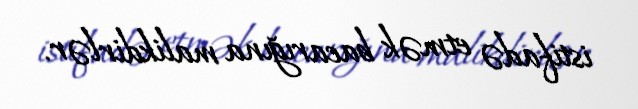
istifadə etmək bacarığına malikdirlər.